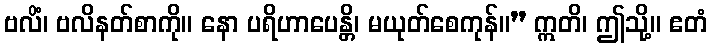
ဗလိံ၊ ဗလိနတ်စာကို။ နော ပရိဟာပေန္တိ၊ မယုတ်စေကုန်။” ဣတိ၊ ဤသို့။ ဧတံ